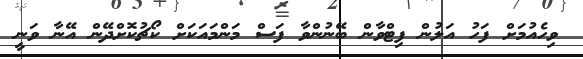
ވިހެއުމަށް ފަހު އަލުން ފިޓްވާން ބޭނުންވާ ފަސް މަންމައަކަށް ކޯޗުކޮށްދޭން އޭނާ ވަނީ